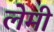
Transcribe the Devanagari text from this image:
लेमी